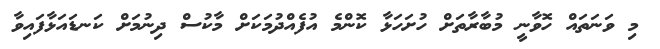
މި ވަނަތައް ހޮވާނީ މުބާރާތަށް ހުށަހަޅާ ކޮންމެ އުފެއްދުމަކަށް މާކުސް ދިނުމަށް ކަނޑައަޅާފައިވާ